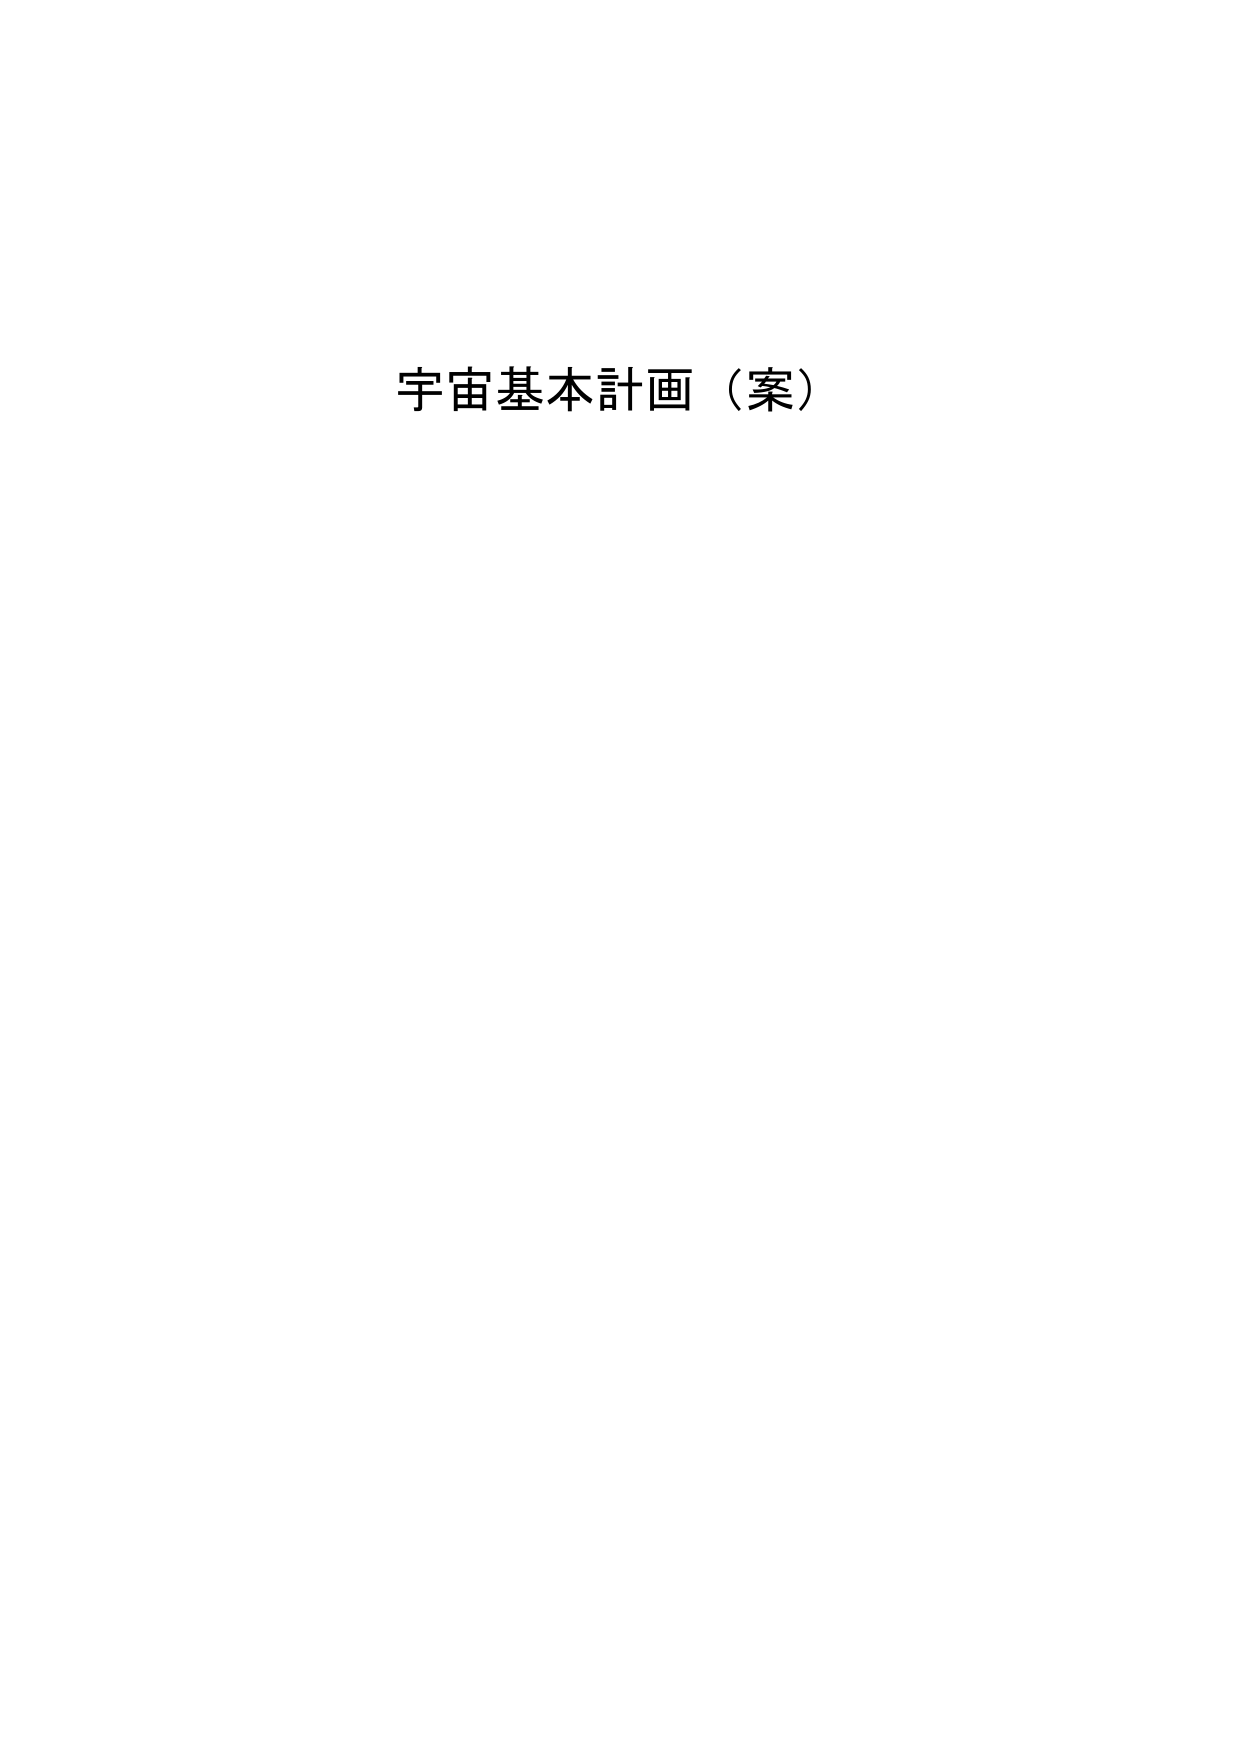
宇宙基本計画（案）